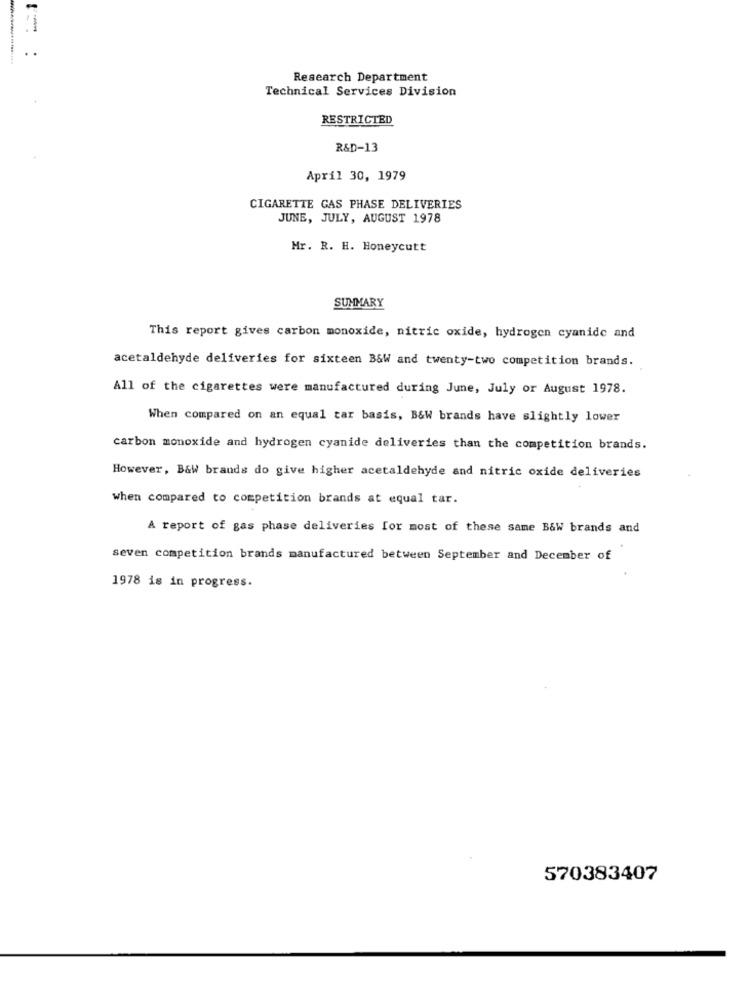
Research Department
Technical Services Division
RESTRICTED
R&D-13
April 30, 1979
CIGARETTE GAS PHASE DELIVERIES
JUNE, JULY, AUGUST 1978
Mr. R. H. Honeycutt
SUMMARY
This report gives carbon monoxide, nitric oxide, hydrogen cyanide and
acetaldehyde deliveries for sixteen B&W and twenty-two competition brands.
All of the cigarettes were manufactured during June, July or August 1978.
When compared on an equal tar basis, B&W brands have slightly lower
carbon monoxide and hydrogen cyanide deliveries than the competition brands.
However, B&W brands do give higher acetaldehyde and nitric oxide deliveries
when compared to competition brands at equal tar.
A report of gas phase deliveries for most of these same B&W brands and
seven competition brands manufactured between September and December of
1978 is in progress.
570383407